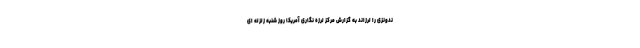
ندونزی را لرزاند به گزارش مرکز لرزه نگاری آمریکا روز شنبه زلزله ای